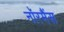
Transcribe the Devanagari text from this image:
नॉरमैंस